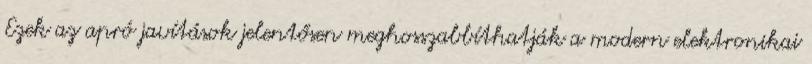
Ezek az apró javítások jelentősen meghosszabbíthatják a modern elektronikai